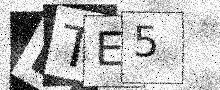
Text: LTE5